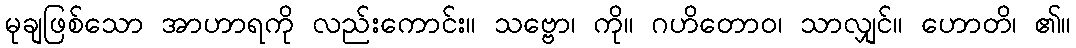
မုချဖြစ်သော အာဟာရကို လည်းကောင်း။ သဗ္ဗော၊ ကို။ ဂဟိတောဝ၊ သာလျှင်။ ဟောတိ၊ ၏။